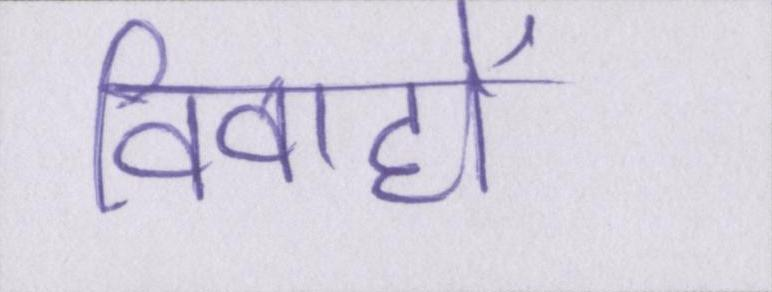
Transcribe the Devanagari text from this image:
विवाहों